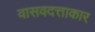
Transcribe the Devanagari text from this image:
वासवदत्ताकार